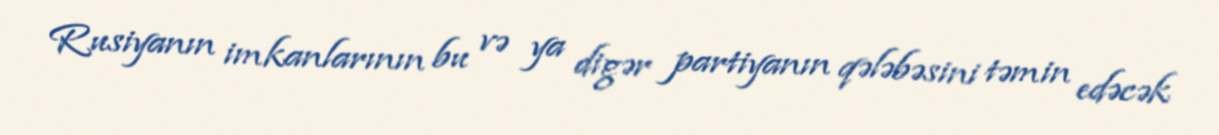
Rusiyanın imkanlarının bu və ya digər partiyanın qələbəsini təmin edəcək